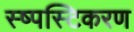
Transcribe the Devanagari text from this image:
स्ष्पस्टिकरण